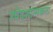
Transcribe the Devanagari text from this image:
उपेदशात्मकता